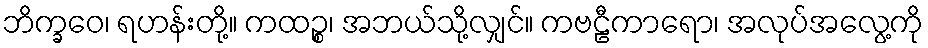
ဘိက္ခဝေ၊ ရဟန်းတို့။ ကထဉ္စ၊ အဘယ်သို့လျှင်။ ကဗဠီကာရော၊ အလုပ်အလွေ့ကို